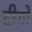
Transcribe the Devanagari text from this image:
दीगो